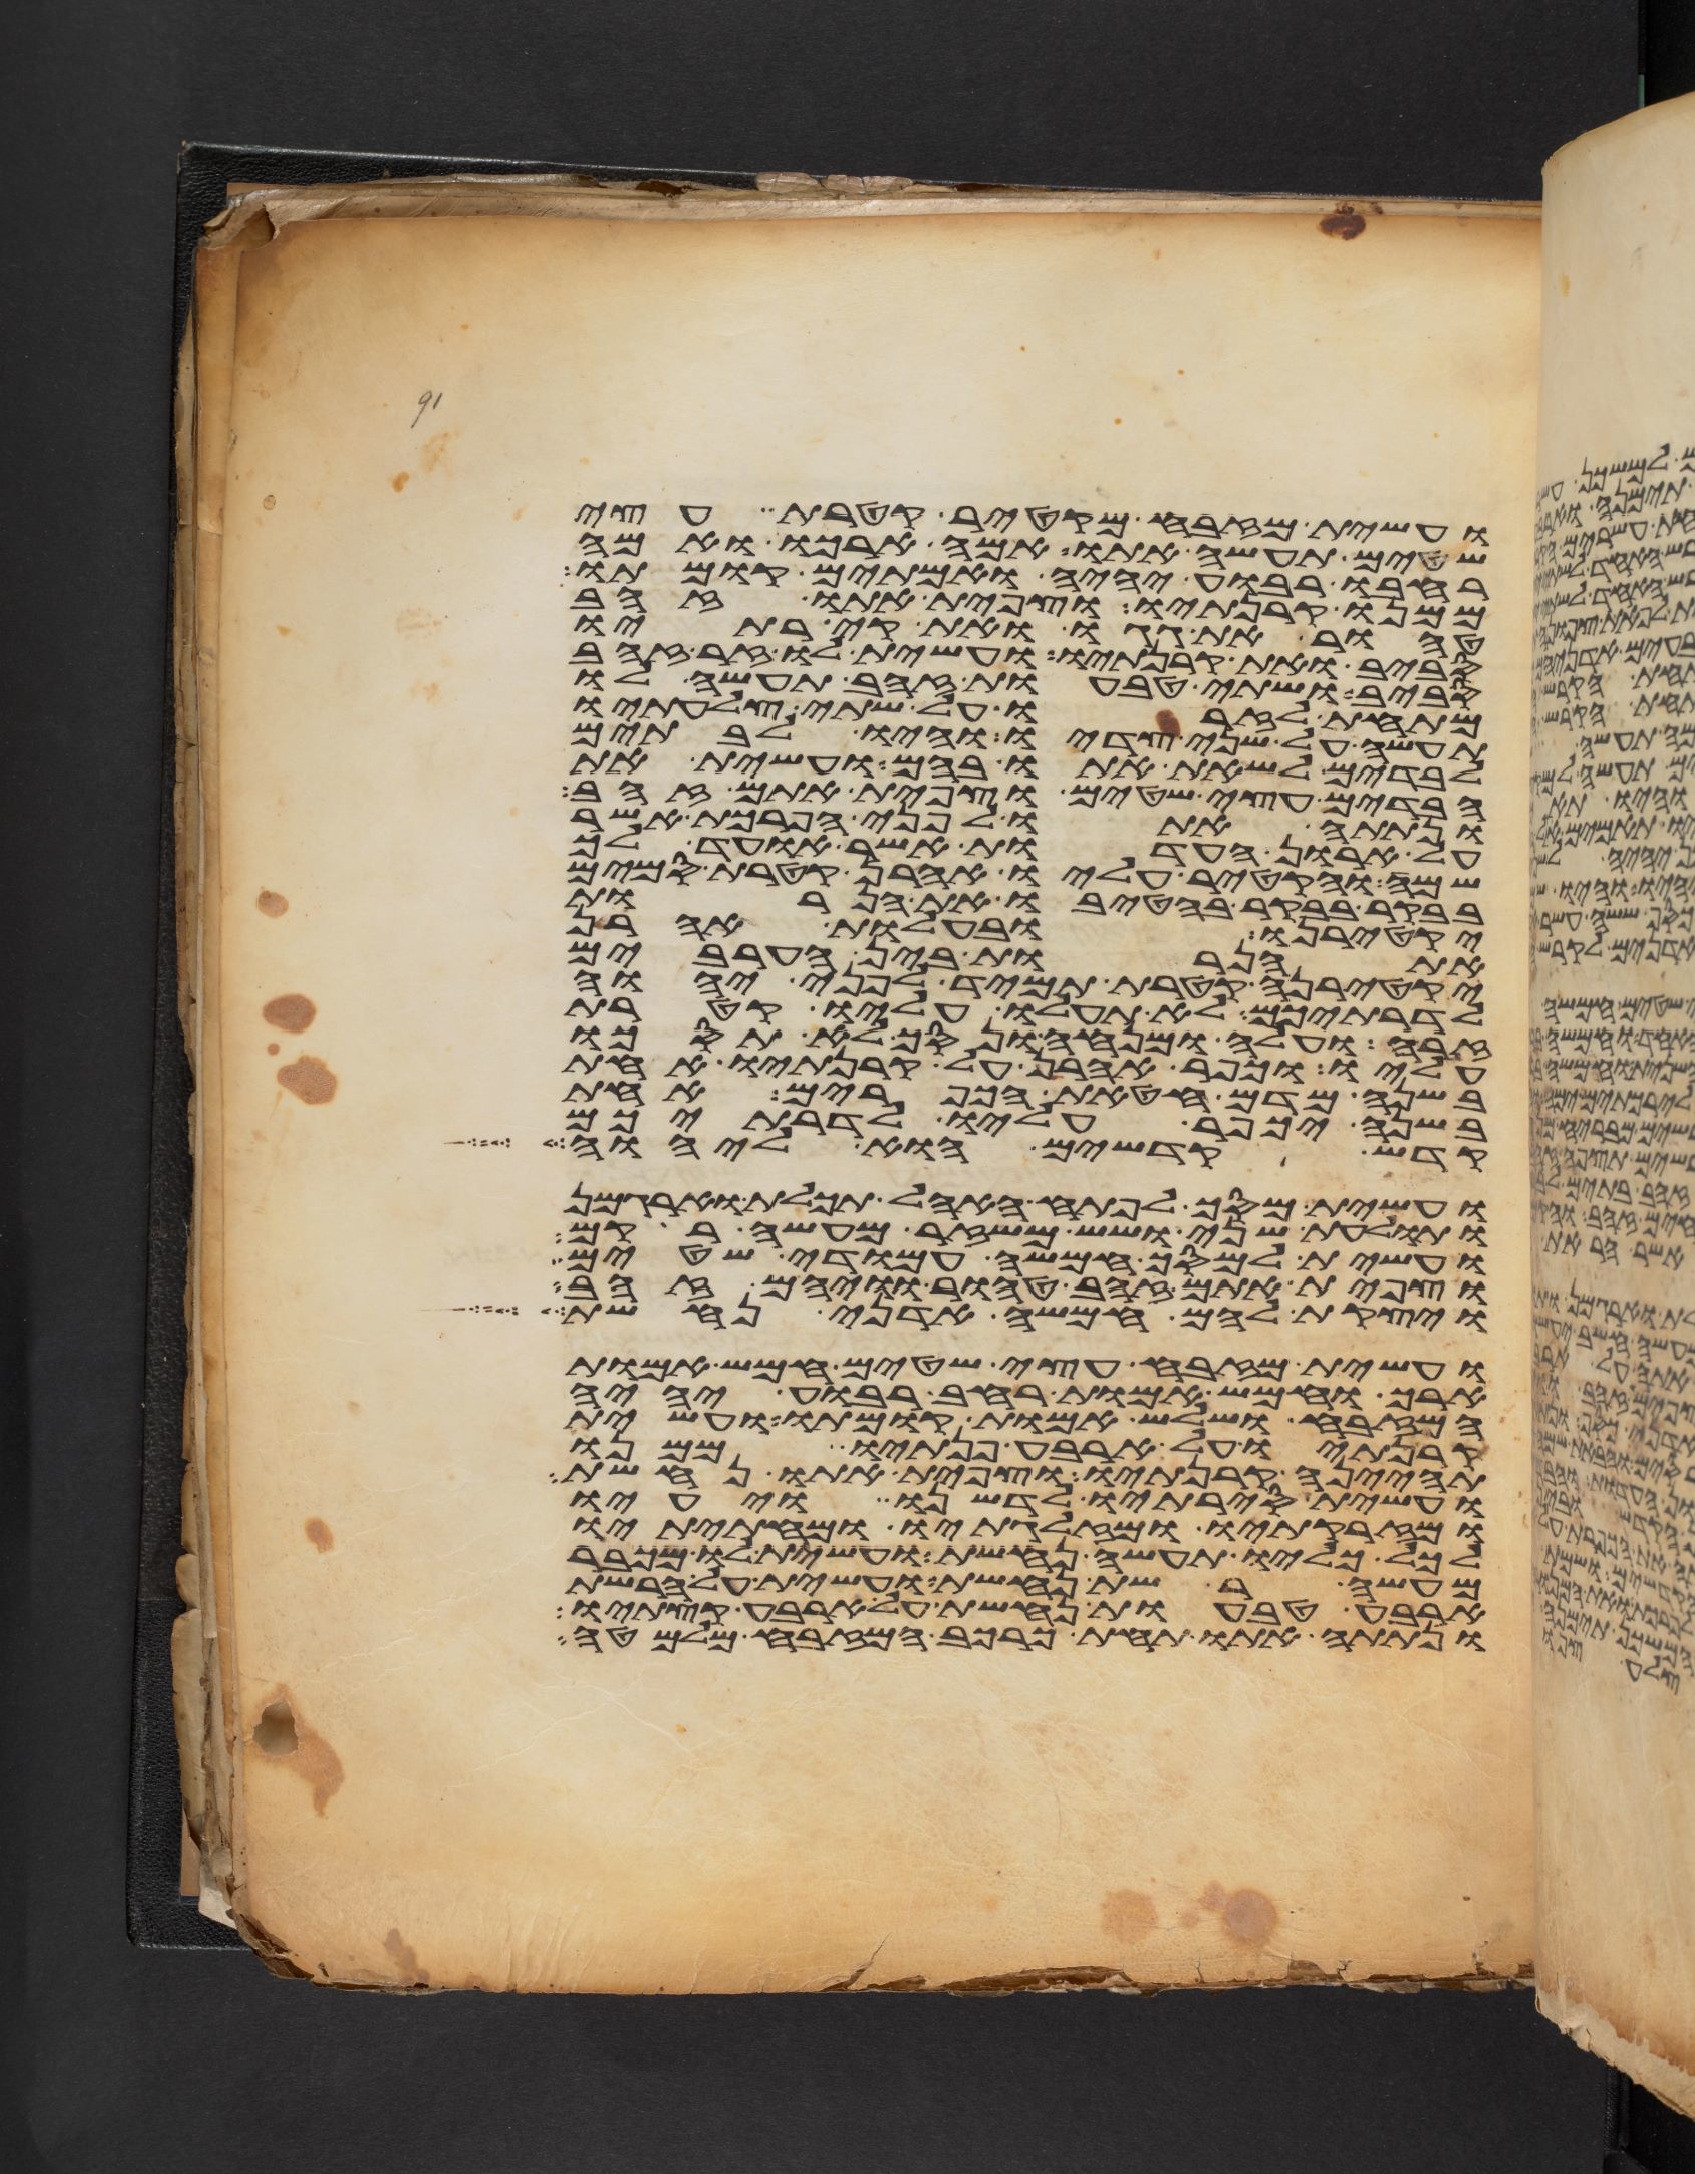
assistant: ועשית מזבח מקטיר קטרת עצי
שטים תעשה אתו אמה ארכו ואמה
רחבו רבוע יהיה ואמתים קומתו
ממנו קרנתיו וצפית אתו זהב
טהור את גגו ואת קירתיו
סביב ואת קרנתיו ועשית לו זר זהב
סביב ושתי טבעות זהב תעשה לו
מתחת לזרו על שתי צלעתיו
תעשה על שני צדיו והיו לבתים
לבדים לשאת אתו בהם ועשית את
הבדים עצי שטים וצפית אתם זהב
ונתתה אתו לפני הפרכת אשר
על ארון העדות אשר אועד לך
שמה והקטיר עליו אהרן קטרת סמים
בבקר בבקר בהטיבו את הנרות
יקטירנו ובהעלות אהרן
את הנרות בין הערבים
יקטירנה קטרת תמיד לפני יהוה
לדרתיכם לא תעלו עליו קטרת
זרה ועלה ומנחה ונסך לא תסכו
עליו וכפר אהרן על קרנתיו אחת
בשנה מדם חטאת הכפורים אחת
בשנה יכפר עליו לדרתיכם
קדש קדשים הוא ליהוה
ועשית מסך לפתח האהל תכלת וארגמן
ותולעת שני ושש משזר מעשה רקם
ועשית למסך חמשה עמודי שטים
וצפית אתם זהב טהור וויהם זהב
ויצקת להם חמשה אדני נחשת
ועשית מזבח עצי שטים חמש אמות
ארך וחמש אמות רחב רבוע יהיה
המזבח ושלש אמות קומתו ועשית
קרנתיו על ארבע פנתיו ממנו
תהינה קרנתיו וצפית אתו נחשת
ועשית סירתיו לדשנו ויעיו
ומזרקתיו ומזלגתיו ומחתיתיו
לכל כליו תעשה נחשת ועשית לו מכבר
מעשה רשת נחשת ועשית על הרשת
ארבע טבעות נחשת על ארבע קצתיו
ונתתה אתו תחת כרכב המזבח מלמטה